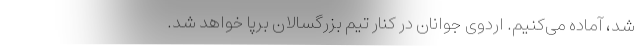
شد، آماده می‌کنیم. اردوی جوانان در کنار تیم بزرگسالان برپا خواهد شد.